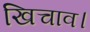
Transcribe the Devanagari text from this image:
खिचाव।